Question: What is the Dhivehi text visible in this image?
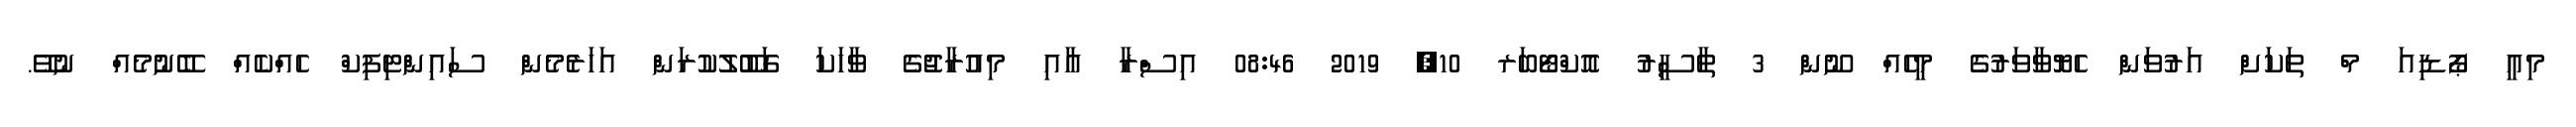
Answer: މިއީ ޕޯޑިއަ މް ތަކަށް އަރުވަން ހެޔޮވާވަރުގެ މީހެއް ނޫން 3 ތާސީރު އޮކްޓޯބަރ 10, 2019 08:46 އިސްރާ އާއި މިއުރާޖުގެ ވާހަކަ ގަބޫލުކުރަން އަހަރެމެން ސައިންޓިފިކް ހެއްކެއް ބޭނުމެއް ނުވޭ.